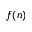
f ( n )